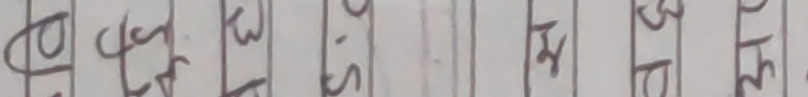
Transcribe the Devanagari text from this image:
१ ५५ ३ १५ २ ४ ७ ३ ८